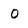
Character: 0